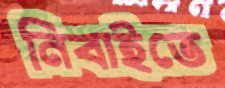
নিবাইতে